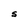
Character: S